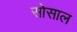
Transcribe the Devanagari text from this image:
सोसाल